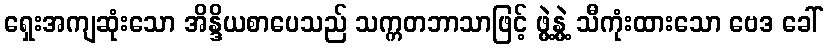
ရှေးအကျဆုံးသော အိန္ဒိယစာပေသည် သက္ကတဘာသာဖြင့် ဖွဲ့နွဲ့ သီကုံးထားသော ဗေဒ ခေါ်